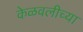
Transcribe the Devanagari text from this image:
केळवलीच्या